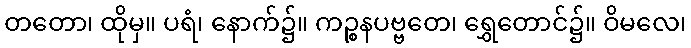
တတော၊ ထိုမှ။ ပရံ၊ နောက်၌။ ကဉ္စနပဗ္ဗတေ၊ ရွှေတောင်၌။ ဝိမလေ၊